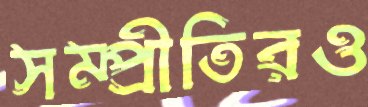
সম্প্রীতিরও